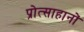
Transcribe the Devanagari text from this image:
प्रोत्साहानों